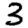
Digit: 3